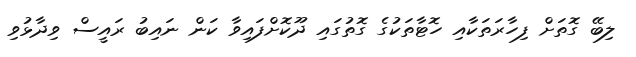
ލިބޭ ގޮތަށް ފިހާރަތަކާއި ހޮޓާތަކުގެ ގޮތުގައި ދޫކޮށްފައިވާ ކަން ނައިބު ރައީސް ވިދާޅުވި